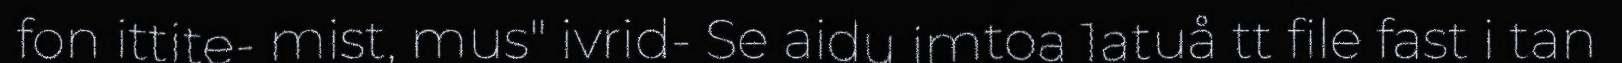
fon ittite- mist, mus" ivrid- Se aidu imtoa 1atuå tt file fast i tan